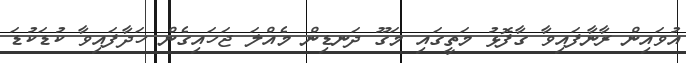
އުވައިން ރާނާފައިވާ ގާފޮޅު މަތީގައި މަގޫ ދަނޑިން މެއްލަ ޖަހައިގެން ހަދާފައިވާ ކުޑަކުޑަ